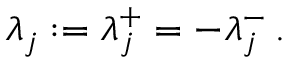
\lambda _ { j } : = \lambda _ { j } ^ { + } = - \lambda _ { j } ^ { - } \, .